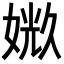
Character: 𪦉